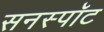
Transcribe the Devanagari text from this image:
सनस्पॉट